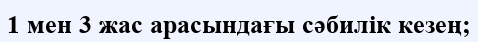
1 мен 3 жас арасындағы сәбилік кезең;